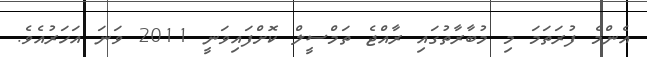
އެންމެ ފުރަތަމަ މި މުބާރާތުގައި ރާއްޖެ ތަމްސީލް ކޮށްފައިވަނީ 2011 ވަނަ އަހަރުއެވެ.